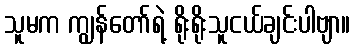
သူမက ကျွန်တော်ရဲ့ ရိုးရိုးသူငယ်ချင်းပါဗျာ။